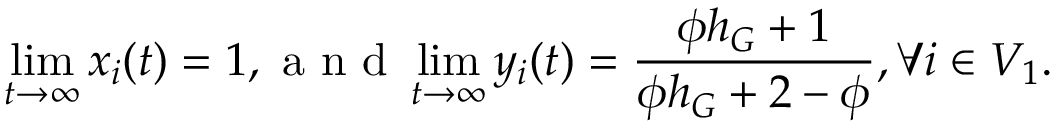
\operatorname* { l i m } _ { t \to \infty } x _ { i } ( t ) = 1 , \mathrm { ~ a ~ n ~ d ~ } \operatorname* { l i m } _ { t \to \infty } y _ { i } ( t ) = \frac { \phi h _ { G } + 1 } { \phi h _ { G } + 2 - \phi } , \forall i \in V _ { 1 } .